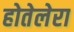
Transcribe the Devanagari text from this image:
होतेलेरा